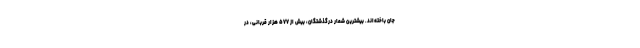
جان باخته‌اند. بیشترین شمار درگذشتگان، بیش از ۵۷۷ هزار قربانی، در